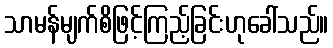
သာမန်မျက်စိဖြင့်ကြည့်ခြင်းဟုခေါ်သည်။